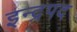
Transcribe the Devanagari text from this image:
इन्द्रपद